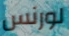
لورنس